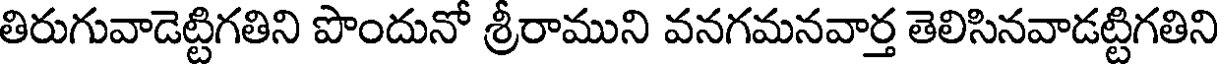
తిరుగువాడెట్టిగతిని పొందునో శ్రీరాముని వనగమనవార్త తెలిసినవాడట్టిగతిని